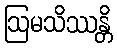
ဩမသိဿန္တိ